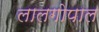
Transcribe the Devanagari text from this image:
लालगोपाल